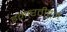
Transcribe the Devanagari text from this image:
इमारतीहून